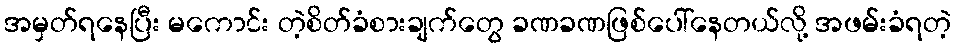
အမှတ်ရနေပြီး မကောင်း တဲ့စိတ်ခံစားချက်တွေ ခဏခဏဖြစ်ပေါ်နေတယ်လို့ အဖမ်းခံရတဲ့